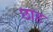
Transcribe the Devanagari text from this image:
छाह